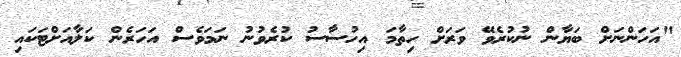
"އަހަންނަށް ބަޔާން ނުކުރެވޭ ވަރަށް ހިތާމަ އިހުސާސު ކުރެވުނު ނަމަވެސް އަހަރެން ކަލާއަށްޓަކައި